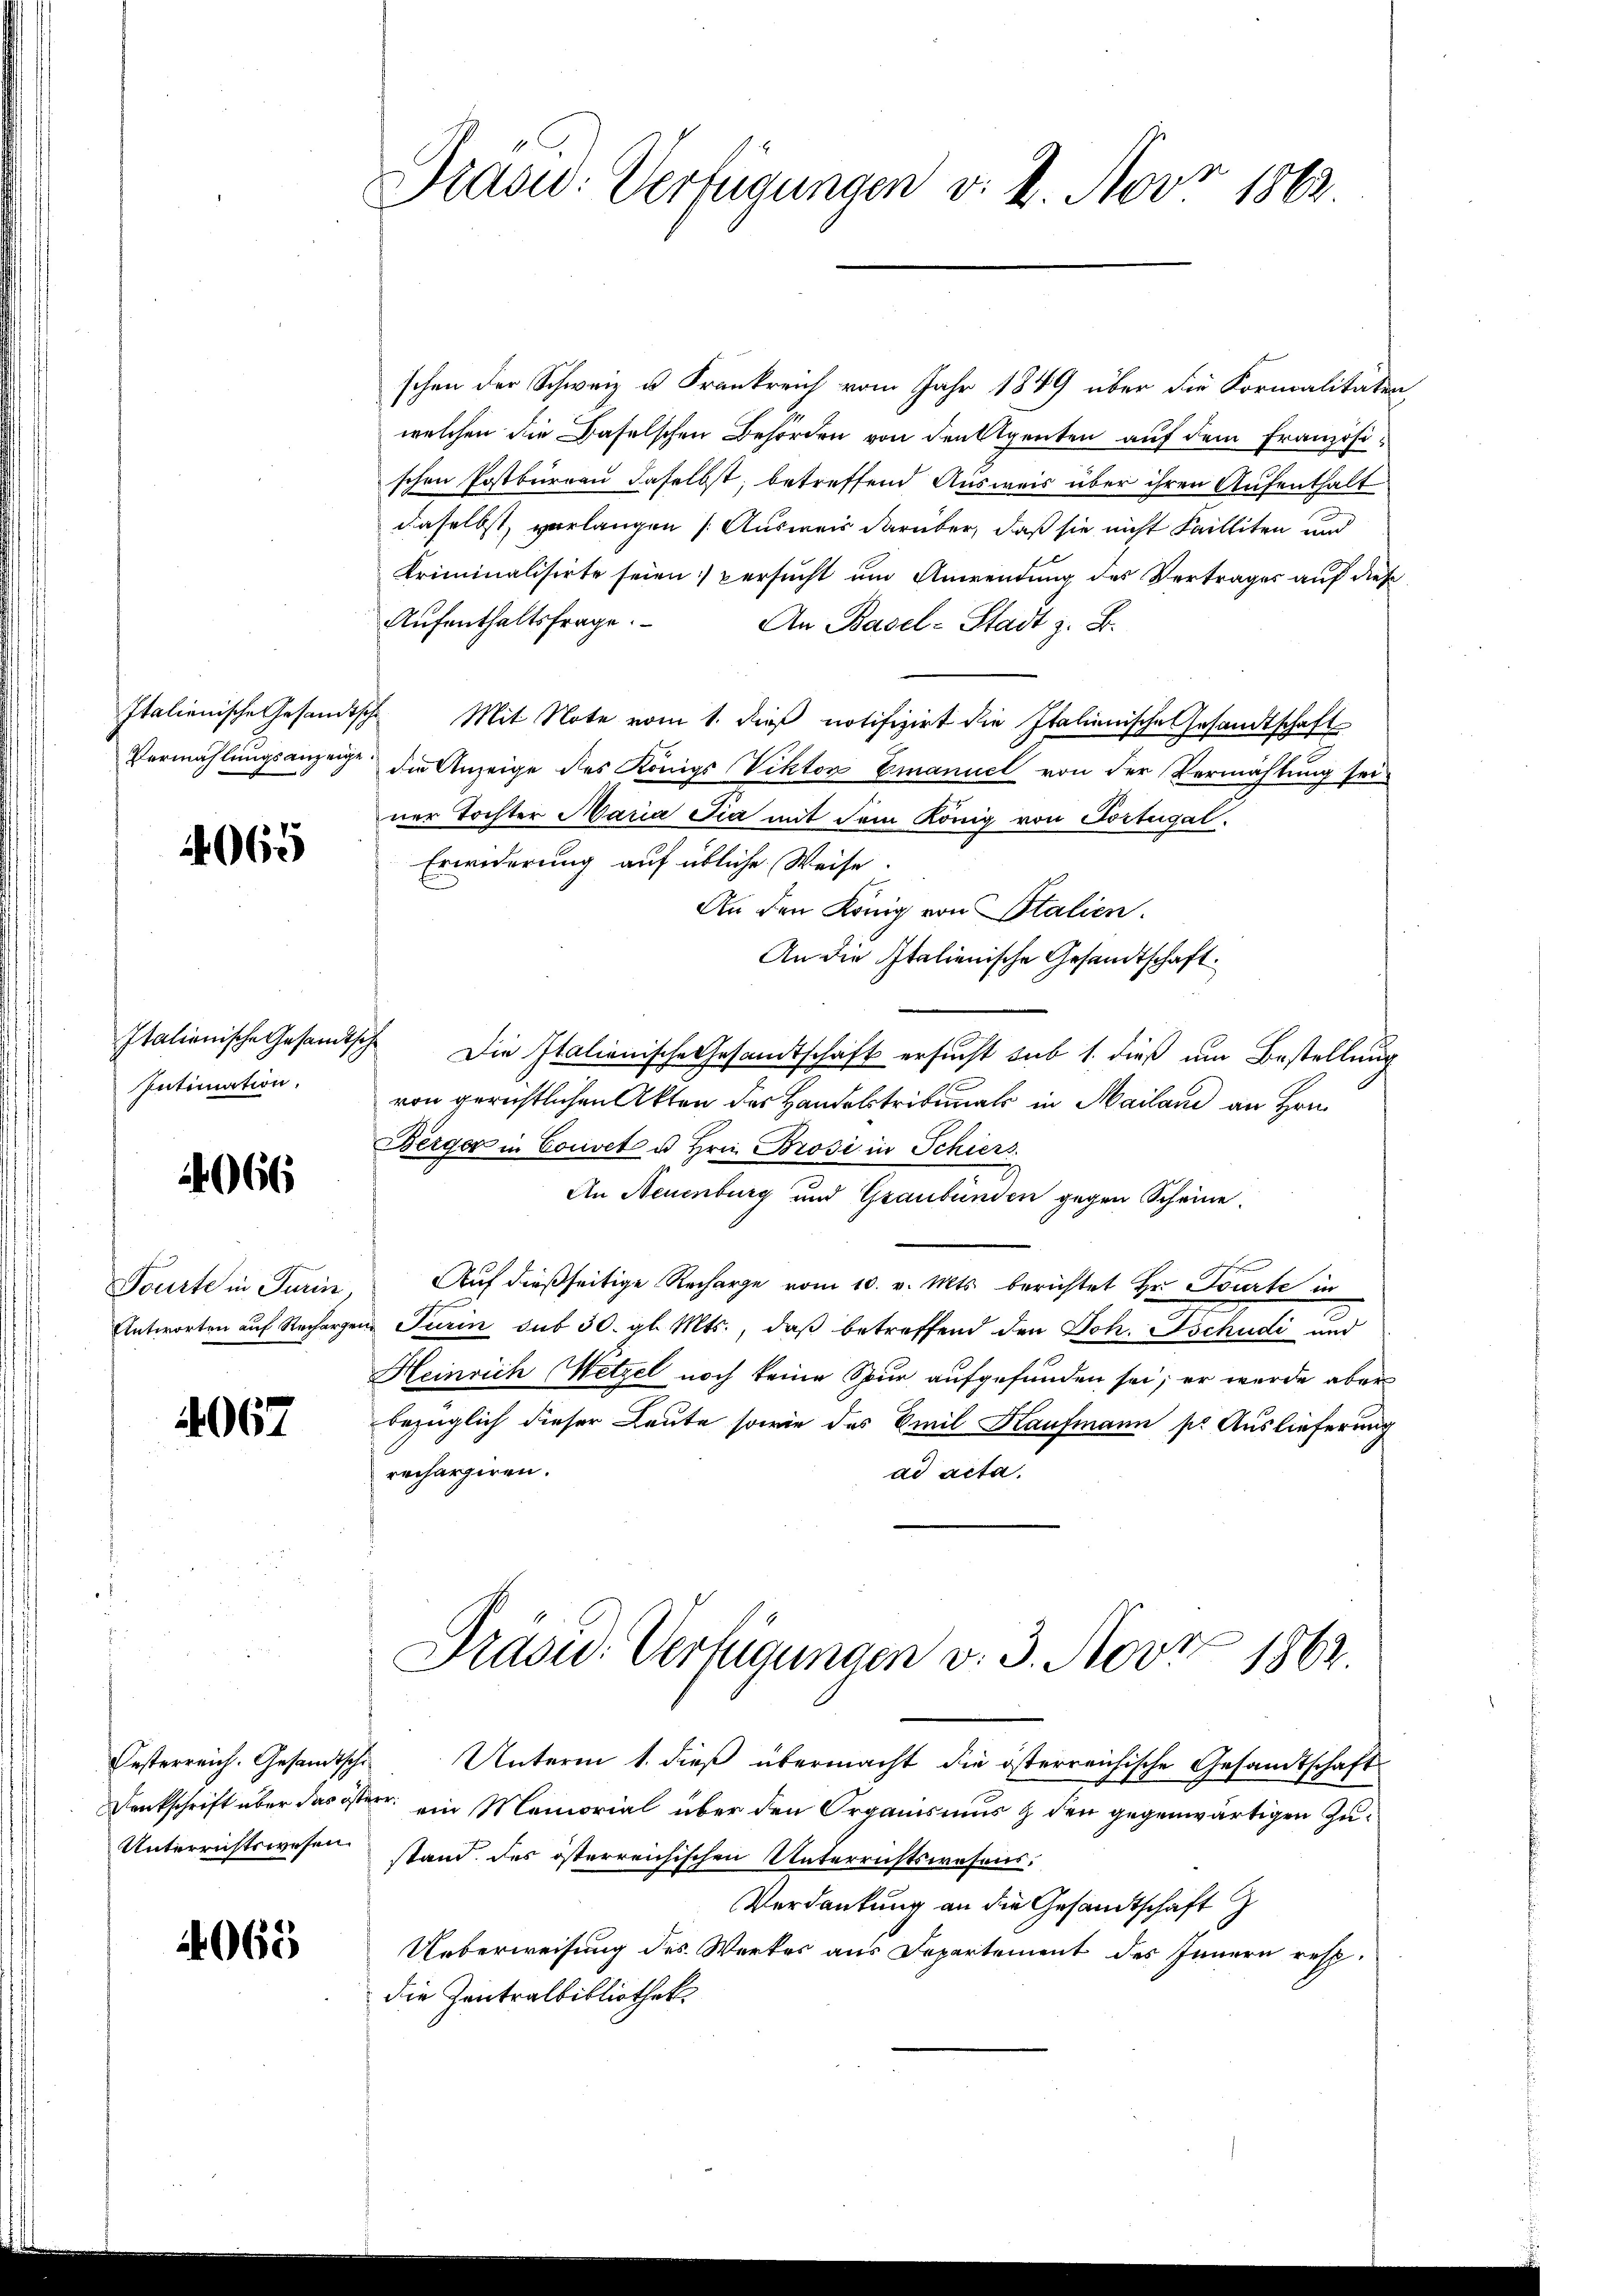
Italienische Gesamt
Intimation.

4065

2066

Tourte in Turin,
Antworten auf Recharge.

4067

Unterrichtswesen.

4065

Präsid. Verfügungen v. 2. Novr 1862

schen der Schweiz u. Frankreich vom Jahr 1849 über die Kormalitäten,
welchen die Baselschen Behörden von den Alpenten auf dem Französischen Postbureau daselbst; betreffend Ausweis über ihren Aufenthalt
daselbst, verlangen (Ausweis darüber, daß sie nicht Failliten und
Kriminalisirte seien persucht um Anwendung des Vertrages auf diese
Aufenthaltsfrage.
An Basel-Stadt z. B.
Italienische Gesandische Mit Note vom 1. dieß notifizirt die Italienische Gesandtschaft
Vermählungsanzeige die Anzeige des Königs Viktor Emanuel von der Vermachtung sei-
ner Tochter Maria Šia mit dem König von Portugal.
Erwiderung auf übliche Weise.
An den König von Italien.
An die Italienische Gesandtschaft.
1 Die Italienische Gesandtschaft ersucht sub 1. dieß um Bestellung
von gerichtlichen Akten des Handelstribunals in Mailand an Hrn.
Berger in Couvet u Hrn. Brosi in Schiers
An Neuenburg und Graubünden gegen Scheine.
n
Auf dießseitige Recharge vom 10. v. Mts. berichtet Hr. Bourte in
in Pari sub 30. gl. Mts., daß betreffend den Joh. Geschudi und
Heinrich Wetzel noch keine Spur aufgefunden sei; er wurde aber
bezüglich dieser Leute sowie das Emil Kaufmann pr Auslieferung
rechargiren.
ad acta.
Drasw. Verfügungen v. 3. Nov. 1862.
Oesterreich. Gesandtsche Unterm 1. dieß übermacht die österreichische Gesandtschaft
Dankschrift über das österr. ein Memorial über den Organismus & den gegenwärtigen Zustand des österreichischen Unterrichtswesens.
Verdankung an die Gesandtschaft z
Ueberweisung des Werkes aus Departement des Innern resp.
die Zentralbibliothek